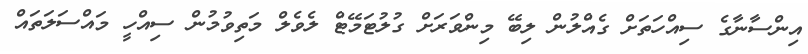
އިންސާނާގެ ސިއްހަތަށް ގެއްލުން ލިބޭ މިންވަރަށް ގުލުޓަމޭޓް ލެވެލް މަތިވުމުން ސިއްހީ މައްސަލަތައް